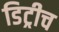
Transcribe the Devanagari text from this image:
डिट्रीच